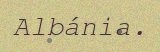
Albánia.